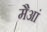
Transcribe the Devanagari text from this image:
मैआं